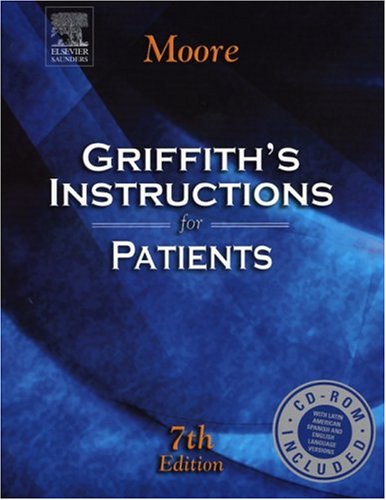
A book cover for Griffith's Instructions for Patients, Seventh Edition; Stephen W. Moore MD; Health, Fitness & Dieting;